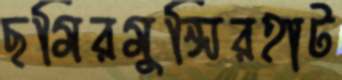
ছমিরমুন্সিরহাট